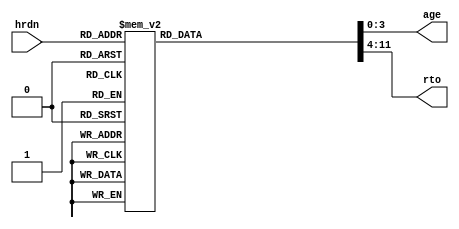
`timescale 1ns / 1ps
//////////////////////////////////////////////////////////////////////////////////
// Company: 
// Engineer: 
// 
// Design Name: 
// Module Name: wam_par
// Project Name: 
// Target Devices: 
// Tool Versions: 
// Description: 
// 
// Dependencies: 
// 
// Revision:
// Revision 0.01 - File Created
// Additional Comments:
// 
//////////////////////////////////////////////////////////////////////////////////


module wam_par (            // decide hardness parameters
    input wire [3:0] hrdn,
    output reg [3:0] age,
    output reg [7:0] rto
    );

    always @ ( * ) begin
        case (hrdn)
            'h0: begin
                age <= 4'd14;
                rto <= 42;
            end
            'h1: begin
                age <= 4'd11;
                rto <= 62;
            end
            'h2: begin
                age <= 4'd09;
                rto <= 76;
            end
            'h3: begin
                age <= 4'd07;
                rto <= 87;
            end
            'h4: begin
                age <= 4'd06;
                rto <= 93;
            end
            'h5: begin
                age <= 4'd05;
                rto <= 96;
            end
            'h6: begin
                age <= 4'd04;
                rto <= 93;
            end
            'h7: begin
                age <= 4'd04;
                rto <= 87;
            end
            'h8: begin
                age <= 4'd03;
                rto <= 76;
            end
            'h9: begin
                age <= 4'd03;
                rto <= 61;
            end
            'hA: begin
                age <= 4'd02;
                rto <= 93;
            end
            default: begin
                age <= 4'b0111;
                rto <= 70;
            end
        endcase
    end
endmodule // wam_par